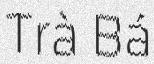
Trà Bá